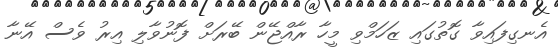
އެނގިފައިވާ ގޮތުގައި ޒަހަމްވި މީހާ ރާއްޖޭން ބޭރަށް ފޮނުވާލި އިރު ވެސް އޭނާ